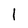
Character: I